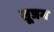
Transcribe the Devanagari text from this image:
सूत्रम